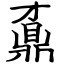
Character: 鼒